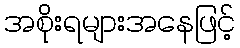
အစိုးရများအနေဖြင့်